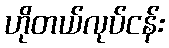
ဟိုတယ်လုပ်ငန်း